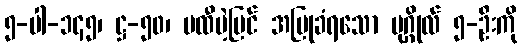
၅-ပါ-၁၄၅၊ ဋ္ဌ-၅၀၊ မထီမဲ့မြင် အပြုခံရသော ပုဂ္ဂိုလ် ၅-ဦးကို